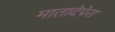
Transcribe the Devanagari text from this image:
मातादेपेरा